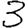
Digit: 3